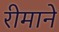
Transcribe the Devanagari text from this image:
रीमाने